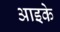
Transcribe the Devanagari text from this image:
आइके